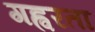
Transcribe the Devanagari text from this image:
गह्वरता